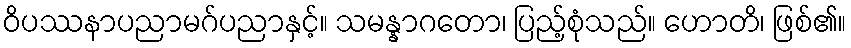
ဝိပဿနာပညာမဂ်ပညာနှင့်။ သမန္နာဂတော၊ ပြည့်စုံသည်။ ဟောတိ၊ ဖြစ်၏။